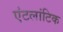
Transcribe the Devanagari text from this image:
एंटलांटिक